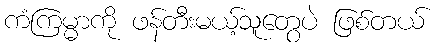
ကံကြမ္မာကို ဖန်တီးမယ့်သူတွေပဲ ဖြစ်တယ်